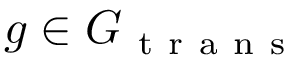
g \in G _ { \mathrm { ~ t ~ r ~ a ~ n ~ s ~ } }